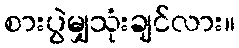
စားပွဲမျှသုံးချင်လား။